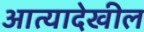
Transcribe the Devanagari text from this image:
आत्यादेखील